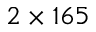
2 \times 1 6 5